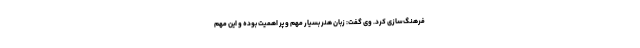
فرهنگ‌سازی کرد. وی گفت: زبان هنر بسیار مهم و پر اهمیت بوده و این مهم